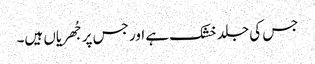
جس کی جلد خشک ہے اور جس پر جُھریاں ہیں۔